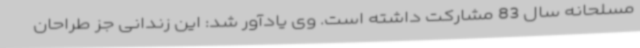
مسلحانه سال 83 مشارکت داشته است. وی یادآور شد: این زندانی جز طراحان